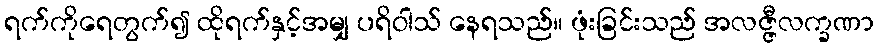
ရက်ကိုရေတွက်၍ ထိုရက်နှင့်အမျှ ပရိဝါသ် နေရသည်။ ဖုံးခြင်းသည် အလဇ္ဇီလက္ခဏာ